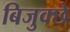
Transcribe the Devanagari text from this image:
बिजुक्छे